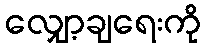
လျှော့ချရေးကို